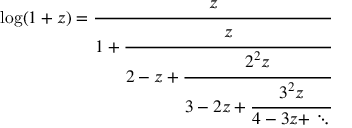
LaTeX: \log ( 1 + z ) = { \cfrac { z } { 1 + { \cfrac { z } { 2 - z + { \cfrac { 2 ^ { 2 } z } { 3 - 2 z + { \cfrac { 3 ^ { 2 } z } { 4 - 3 z + \ddots } } } } } } } }